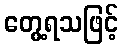
တွေ့ရသဖြင့်